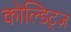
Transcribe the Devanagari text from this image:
कोल्डिट्ज़